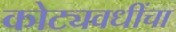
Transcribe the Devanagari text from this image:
कोट्यवधींचा